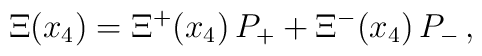
\Xi(x_4)=\Xi^+(x_4)\,P_+ + \Xi^-(x_4)\,P_-\,,